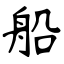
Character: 船